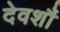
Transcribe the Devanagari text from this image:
देवर्शौ